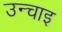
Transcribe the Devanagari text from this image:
उन्चाइ